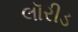
લૉરીડ